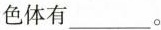
色体有___。